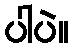
ပါပဲ။